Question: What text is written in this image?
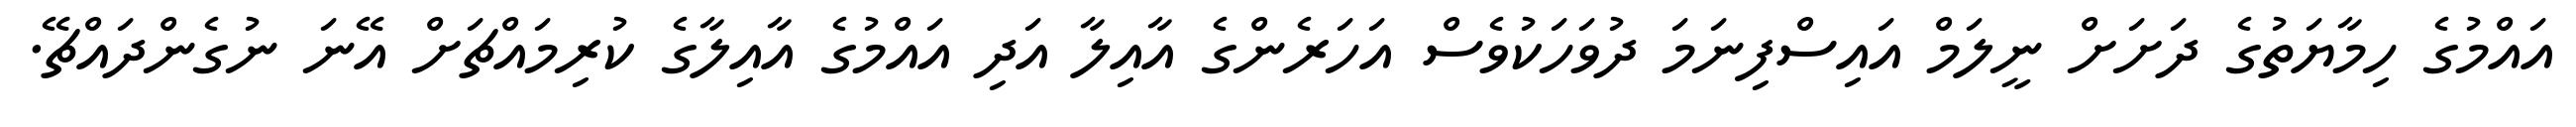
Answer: އައްމުގެ ހިމާޔަތުގެ ދަށަށް ނީލަމް އައިސްފިނަމަ ދުވަހަކުވެސް އަހަރެންގެ އާއިލާ އަދި އައްމުގެ އާއިލާގެ ކުރިމައްޗަށް އޭނަ ނުގެންދައްޗޭ.